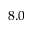
8 . 0